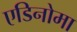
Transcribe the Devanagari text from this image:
एडिनोमा